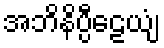
အဘိနိပ္ပီဠေယျံ